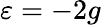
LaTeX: \varepsilon=-2g